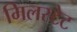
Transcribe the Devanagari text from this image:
मिलस्टेट